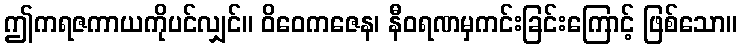
ဤကရဇကာယကိုပင်လျှင်။ ဝိဝေကဇေန၊ နီဝရဏမှကင်းခြင်းကြောင့် ဖြစ်သော။